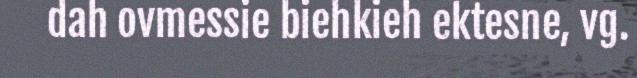
dah ovmessie biehkieh ektesne, vg.